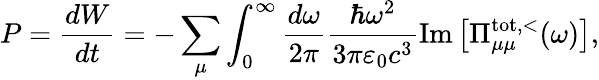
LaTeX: P=\frac{dW}{dt}=-\sum_{\mu}\int_{0}^{\infty}\frac{d\omega}{2\pi}\frac{\hbar\omega^{2}}{3\pi\varepsilon_{0}c^{3}}\operatorname{Im}\left[\Pi_{\mu\mu}^{\mathrm{tot},<}(\omega)\right],